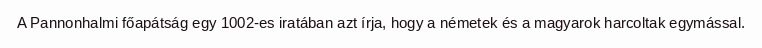
A Pannonhalmi főapátság egy 1002-es iratában azt írja, hogy a németek és a magyarok harcoltak egymással.